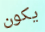
يكون